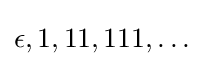
\epsilon ,1,11,111,\dots